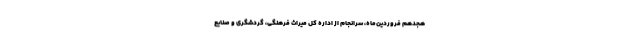
هجدهم فروردین‌ماه، سرانجام از اداره کل میراث فرهنگی، گردشگری و صنایع